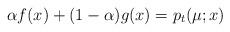
LaTeX: \begin{align*} \alpha f(x)+(1-\alpha) g(x)= p_{t}(\mu; x) \end{align*}